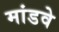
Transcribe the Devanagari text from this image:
मांडवे